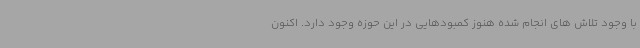
با وجود تلاش های انجام شده هنوز کمبودهایی در این حوزه وجود دارد. اکنون